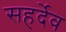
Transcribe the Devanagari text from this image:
सहर्देव